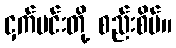
ငှက်မင်းတို့ စည်းစိမ်။